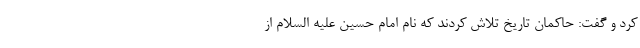
کرد و گفت: حاکمان تاریخ تلاش کردند که نام امام حسین علیه السلام از